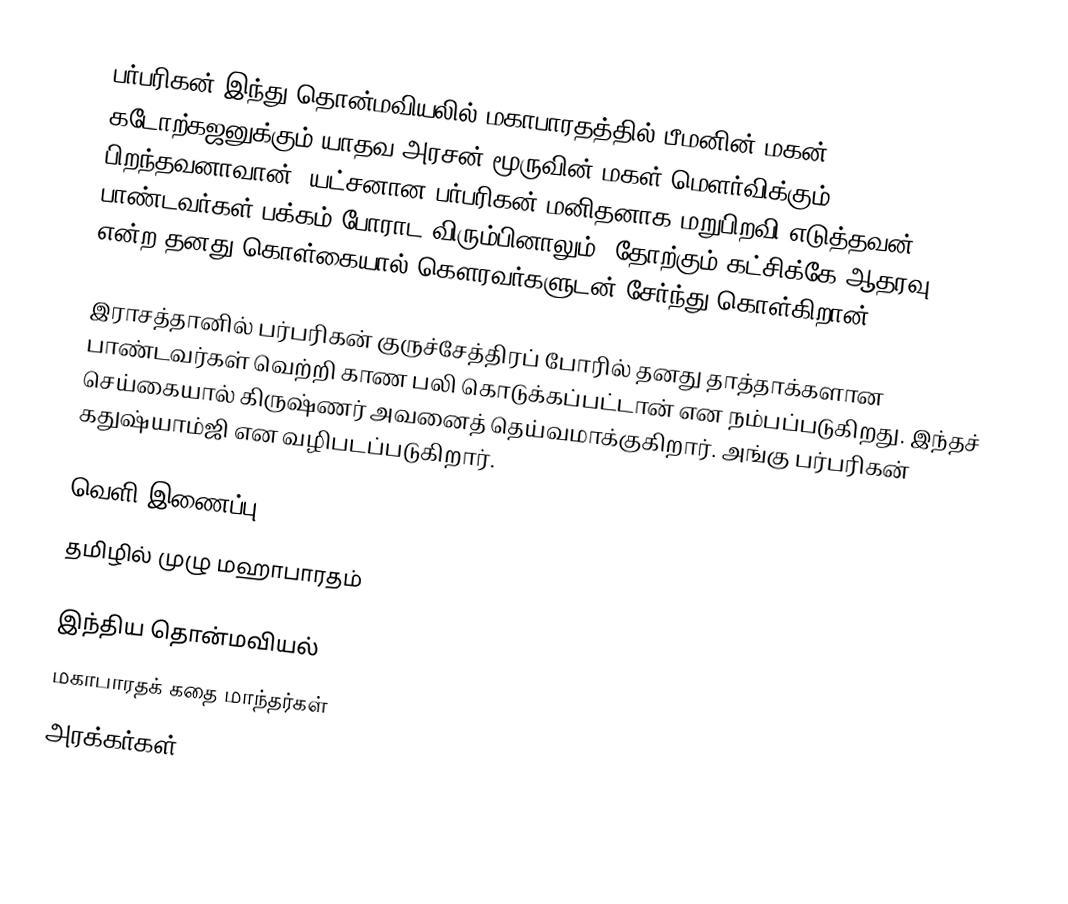
பர்பரிகன் இந்து தொன்மவியலில் மகாபாரதத்தில் பீமனின் மகன் கடோற்கஜனுக்கும் யாதவ அரசன் மூருவின் மகள் மௌர்விக்கும் பிறந்தவனாவான். யட்சனான பர்பரிகன் மனிதனாக மறுபிறவி எடுத்தவன். பாண்டவர்கள் பக்கம் போராட விரும்பினாலும், தோற்கும் கட்சிக்கே ஆதரவு என்ற தனது கொள்கையால் கௌரவர்களுடன் சேர்ந்து கொள்கிறான்.

இராசத்தானில் பர்பரிகன் குருச்சேத்திரப் போரில் தனது தாத்தாக்களான பாண்டவர்கள் வெற்றி காண பலி கொடுக்கப்பட்டான் என நம்பப்படுகிறது. இந்தச் செய்கையால் கிருஷ்ணர் அவனைத் தெய்வமாக்குகிறார். அங்கு பர்பரிகன் கதுஷ்யாம்ஜி என வழிபடப்படுகிறார்.

வெளி இணைப்பு
 தமிழில் முழு மஹாபாரதம்

இந்திய தொன்மவியல்
மகாபாரதக் கதை மாந்தர்கள்
அரக்கர்கள்